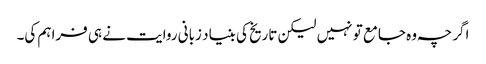
اگر چہ وہ جامع تو نہیں لیکن تاریخ کی بنیاد زبانی روایت نے ہی فراہم کی۔